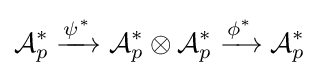
{\mathcal {A}}_{p}^{*}\xrightarrow {\psi ^{*}} {\mathcal {A}}_{p}^{*}\otimes {\mathcal {A}}_{p}^{*}\xrightarrow {\phi ^{*}} {\mathcal {A}}_{p}^{*}